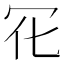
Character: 𠕿